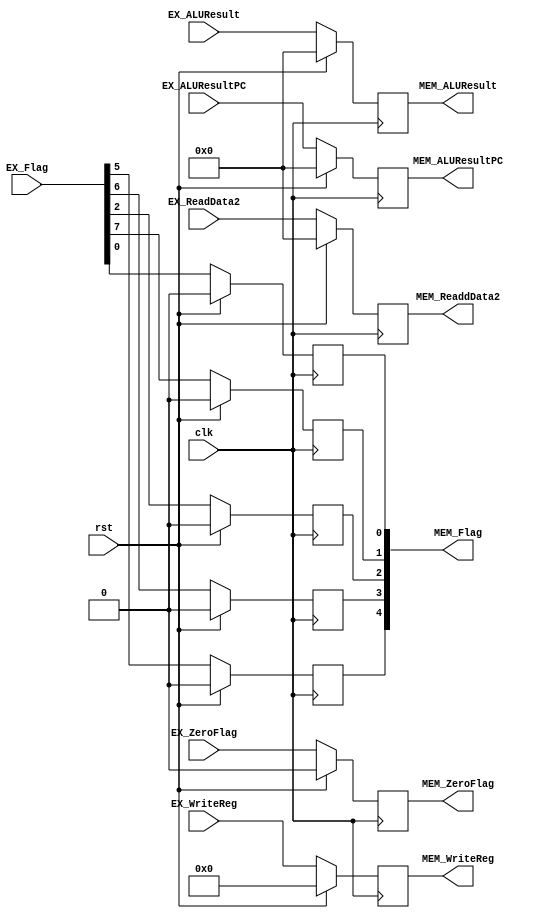
`timescale 1ns / 1ps
//////////////////////////////////////////////////////////////////////////////////
// Company:
// Engineer:
//
// Design Name:
// Module Name: EX_MEM
// Project Name:
// Target Devices:
// Tool Versions:
// Description:
//
// Dependencies:
//
// Revision:
// Revision 0.01 - File Created
// Additional Comments:
//
//////////////////////////////////////////////////////////////////////////////////


module EX_MEM(clk,rst,EX_Flag,EX_WriteReg,EX_ALUResult,EX_ALUResultPC,EX_ReadData2,EX_ZeroFlag,
MEM_Flag,MEM_WriteReg,MEM_ALUResult,MEM_ALUResultPC,MEM_ReaddData2,MEM_ZeroFlag);

  input clk,rst,EX_ZeroFlag;
  input [8:0] EX_Flag;
  input  [4:0] EX_WriteReg;
  input  [31:0] EX_ALUResult,EX_ALUResultPC,EX_ReadData2;
  output reg MEM_ZeroFlag;
  output reg [4:0] MEM_WriteReg;
  output reg [31:0] MEM_ALUResult,MEM_ALUResultPC,MEM_ReaddData2;
  output [4:0] MEM_Flag;
  reg MEM_MemtoReg,MEM_MemRead,MEM_MemWrite,MEM_Branch,MEM_RegWrite;
  wire EX_MemtoReg,EX_MemRead,EX_MemWrite,EX_Branch,EX_RegWrite;
  assign {EX_MemtoReg,EX_MemRead,EX_MemWrite,EX_Branch,EX_RegWrite}={EX_Flag[5],EX_Flag[6],EX_Flag[2],EX_Flag[7],EX_Flag[0]};
  assign MEM_Flag={MEM_MemtoReg,MEM_MemRead,MEM_MemWrite,MEM_Branch,MEM_RegWrite};

  initial begin
    MEM_MemtoReg=0;
    MEM_MemRead=0;
    MEM_MemWrite=0;
    MEM_Branch=0;
    MEM_ZeroFlag=0;
    MEM_RegWrite=0;
    MEM_WriteReg=5'b0;
    MEM_ALUResult=32'b0;
    MEM_ALUResultPC=32'b0;
    MEM_ReaddData2=32'b0;
  end


  always @(posedge clk)begin
    MEM_MemtoReg   <=(rst==1)?0:EX_MemtoReg;
    MEM_MemRead    <=(rst==1)?0:EX_MemRead;
    MEM_MemWrite   <=(rst==1)?0:EX_MemWrite;
    MEM_Branch     <=(rst==1)?0:EX_Branch;
    MEM_ZeroFlag   <=(rst==1)?0:EX_ZeroFlag;
    MEM_RegWrite   <=(rst==1)?0:EX_RegWrite;
    MEM_WriteReg   <=(rst==1)?4'b0:EX_WriteReg;
    MEM_ALUResult  <=(rst==1)?32'b0:EX_ALUResult;
    MEM_ALUResultPC<=(rst==1)?32'b0:EX_ALUResultPC;
    MEM_ReaddData2 <=(rst==1)?32'b0:EX_ReadData2;
  end
endmodule